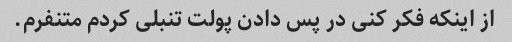
از اینکه فکر کنی در پس دادن پولت تنبلی کردم متنفرم.